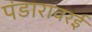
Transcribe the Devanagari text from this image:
पंडारावरई